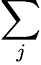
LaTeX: \sum_{j}